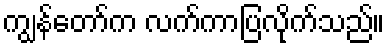
ကျွန်တော်က လက်ကာပြလိုက်သည်။